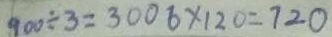
9 0 0 \div 3 = 3 0 0 6 \times 1 2 0 = 7 2 0